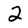
Character: 2